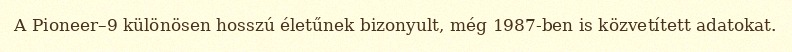
A Pioneer–9 különösen hosszú életűnek bizonyult, még 1987-ben is közvetített adatokat.